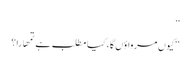
‘‘
‘‘کیوں مرواؤں گا، کیا مطلب ہے تمھارا؟